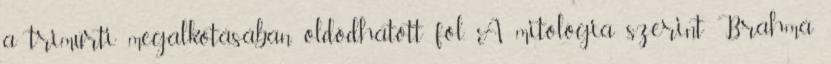
a trimúrti megalkotásában oldódhatott föl. A mitológia szerint Brahmá